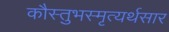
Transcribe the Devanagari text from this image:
कौस्तुभस्मृत्यर्थसार